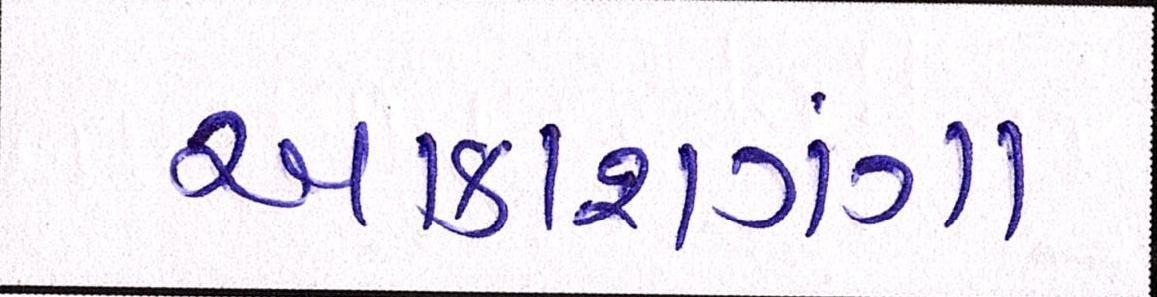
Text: આકાશગંગા